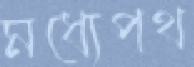
মধ্যেপথ